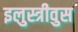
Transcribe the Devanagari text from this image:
इलुस्त्रीवुस